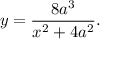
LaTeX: y = { \frac { 8 a ^ { 3 } } { x ^ { 2 } + 4 a ^ { 2 } } } .